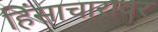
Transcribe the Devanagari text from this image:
हिंसाचारावर